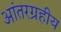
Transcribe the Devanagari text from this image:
आंतरग्रहीय